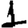
Digit: 1